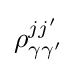
\rho _{\gamma \gamma '}^{jj'}